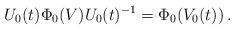
LaTeX: \begin{align*} U_0(t)\Phi_0(V)U_0(t)^{-1}=\Phi_0(V_0(t))\, .\end{align*}